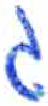
אות: ג